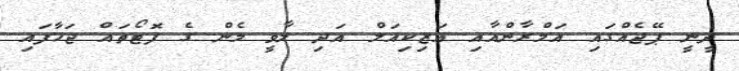
ދީނީ ޕޭޖެއްގައި އަމްރާންއާއި އަޒިކިއަލް އަދި ލާވީ މެން ގެ ފޮޓޯތައް ޖަހާފައި